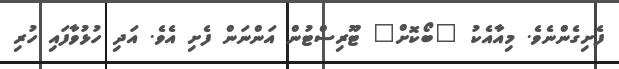
ފެށިގެންނެވެ. މިއާއެކު "ބޯކޮށް" ޓޫރިސްޓުން އަންނަން ފެށި އެވެ. އަދި ހުޅުވާފައި ހުރި